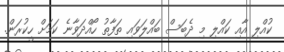
ކުއްލި އާއި ކައްލި މި ދެބަސް ބައްލަވައި ތަފާތު ހޯއްދަވާނެ ކަމަށް ހީކުރަން.